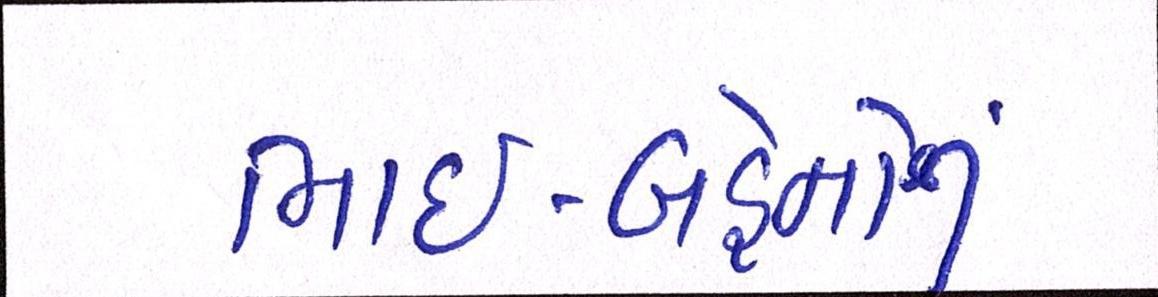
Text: ભાઈ-બહેનોનું